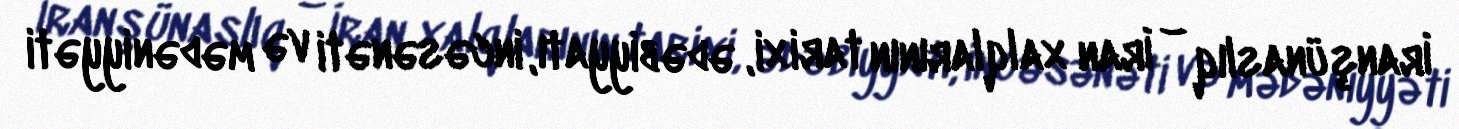
İranşünaslıq – İran xalqlarının tarixi, ədəbiyyatı, incəsənəti və mədəniyyəti